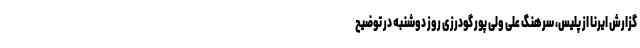
گزارش ایرنا از پلیس، سرهنگ علی ولی پور گودرزی روز دوشنبه در توضیح